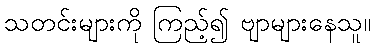
သတင်းများကို ကြည့်၍ ဗျာများနေသူ။